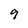
Character: 9